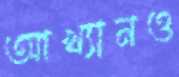
আখ্যানও